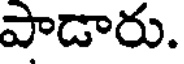
పాడారు.